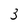
Character: 3